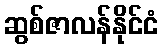
ဆွစ်ဇာလန်နိုင်ငံ